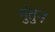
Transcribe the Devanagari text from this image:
गुंतुन